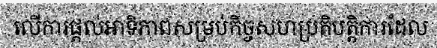
លើការផ្តល់អាទិភាពសម្រប់កិច្ចសហប្រតិបត្តិការដែល